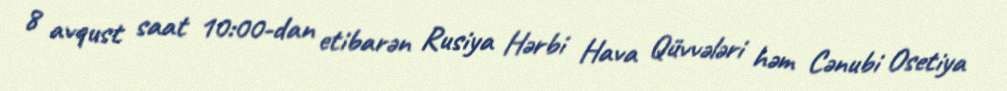
8 avqust saat 10:00-dan etibarən Rusiya Hərbi Hava Qüvvələri həm Cənubi Osetiya